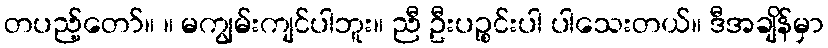
တပည့်တော်။ ။ မကျွမ်းကျင်ပါဘူး။ ညီ ဦးပဉ္စင်းပါ ပါသေးတယ်။ ဒီအချိန်မှာ